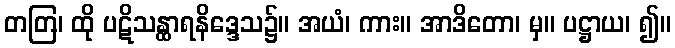
တတြ၊ ထို ပဋိသန္ထာရနိဒ္ဒေသ၌။ အယံ၊ ကား။ အာဒိတော၊ မှ။ ပဋ္ဌာယ၊ ၍။